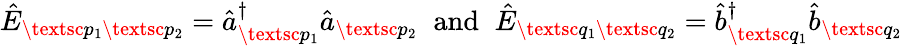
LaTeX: \begin{array}{r}{\hat{E}_{\textsc{p}_{1}\textsc{p}_{2}}=\hat{a}_{\textsc{p}_{1}}^{\dagger}\hat{a}_{\textsc{p}_{2}}\; \; \mathrm{and}\; \; \hat{E}_{\textsc{q}_{1}\textsc{q}_{2}}=\hat{b}_{\textsc{q}_{1}}^{\dagger}\hat{b}_{\textsc{q}_{2}}}\end{array}